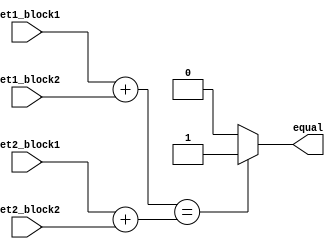
module Arithmetic_Equality_Comparator (
    input [31:0] set1_block1, // Input from first arithmetic block in set 1
    input [31:0] set1_block2, // Input from second arithmetic block in set 1
    input [31:0] set2_block1, // Input from first arithmetic block in set 2
    input [31:0] set2_block2, // Input from second arithmetic block in set 2
    output reg equal // Output signal indicating if the two sets are equal
);

reg [31:0] result_set1; // Variable to store result of arithmetic operations on set 1
reg [31:0] result_set2; // Variable to store result of arithmetic operations on set 2

always @* begin
    // Perform arithmetic operations on set 1
    result_set1 = set1_block1 + set1_block2;

    // Perform arithmetic operations on set 2
    result_set2 = set2_block1 + set2_block2;

    // Compare the results to check for equality
    if(result_set1 == result_set2) begin
        equal = 1;
    end else begin
        equal = 0;
    end
end

endmodule